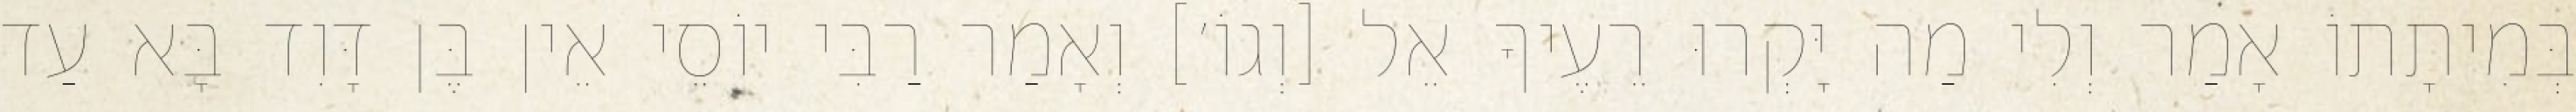
בְּמִיתָתוֹ אָמַר וְלִי מַה יָּקְרוּ רֵעֶיךָ אֵל [וְגוֹ׳] וְאָמַר רַבִּי יוֹסֵי אֵין בֶּן דָּוִד בָּא עַד